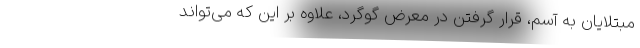
مبتلایان به آسم، قرار گرفتن در معرض گوگرد، علاوه بر این که می‌تواند